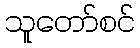
သူတော်စင်